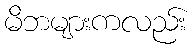
မိဘများကလည်း